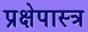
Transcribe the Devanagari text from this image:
प्रक्षेपास्‍त्र